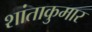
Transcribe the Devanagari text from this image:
शांताकुमार